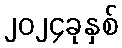
၂၀၂၄ခုနှစ်